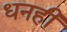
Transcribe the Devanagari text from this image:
धनही